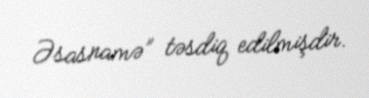
Əsasnamə” təsdiq edilmişdir.